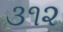
૩૧૨